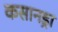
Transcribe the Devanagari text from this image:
कसानड्रा